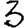
Digit: 3